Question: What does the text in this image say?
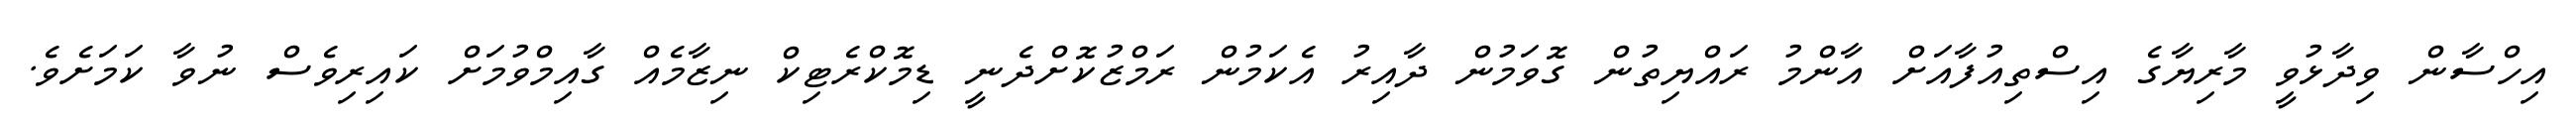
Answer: އިހްސާން ވިދާޅުވީ މާރިޔާގެ އިސްތިއުފާއަށް އާންމު ރައްޔިތުން ގޮވަމުން ދާއިރު އެކަމުން ރަމްޒުކޮށްދެނީ ޑިމޮކްރެޓިކް ނިޒާމެއް ގާއިމްވުމަށް ކައިރިވެސް ނުވާ ކަމަށެވެ.